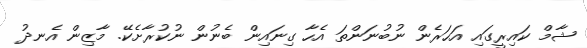
ޝާމް ކައިރީގައި އަހަރެން ނުބުނަންތަ އެހާ ގިނައިން ބެނުން ނުކުރާށެކޭ. މާޒިން އެނދު